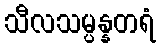
သီလသမ္ပန္နတရံ